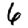
Digit: 6